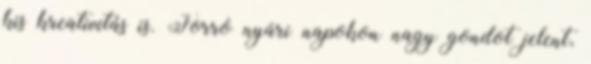
kis kreativitás is. Forró nyári napokon nagy gondot jelent,